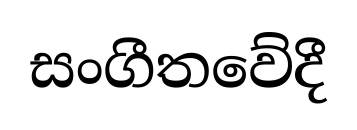
සංගීතවේදී